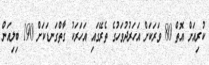
ކުރިއަށް އޮތް 80 ވަރަކަށް އަހަރުދުވަހުގެ ތެރޭގައި އަހަރަކު ގާތްގަނޑަކަށް 190 ބިލިއަން